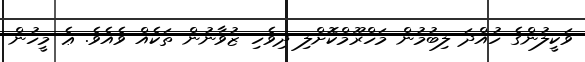
ވަކީލުންގެ ހުއްދަ ލިބުމުން މަހްރޫމްކޮށްލި ދިވެހި ޒުވާނުން ތަކެއް ވެއެވެ. ޢެ މީހުން